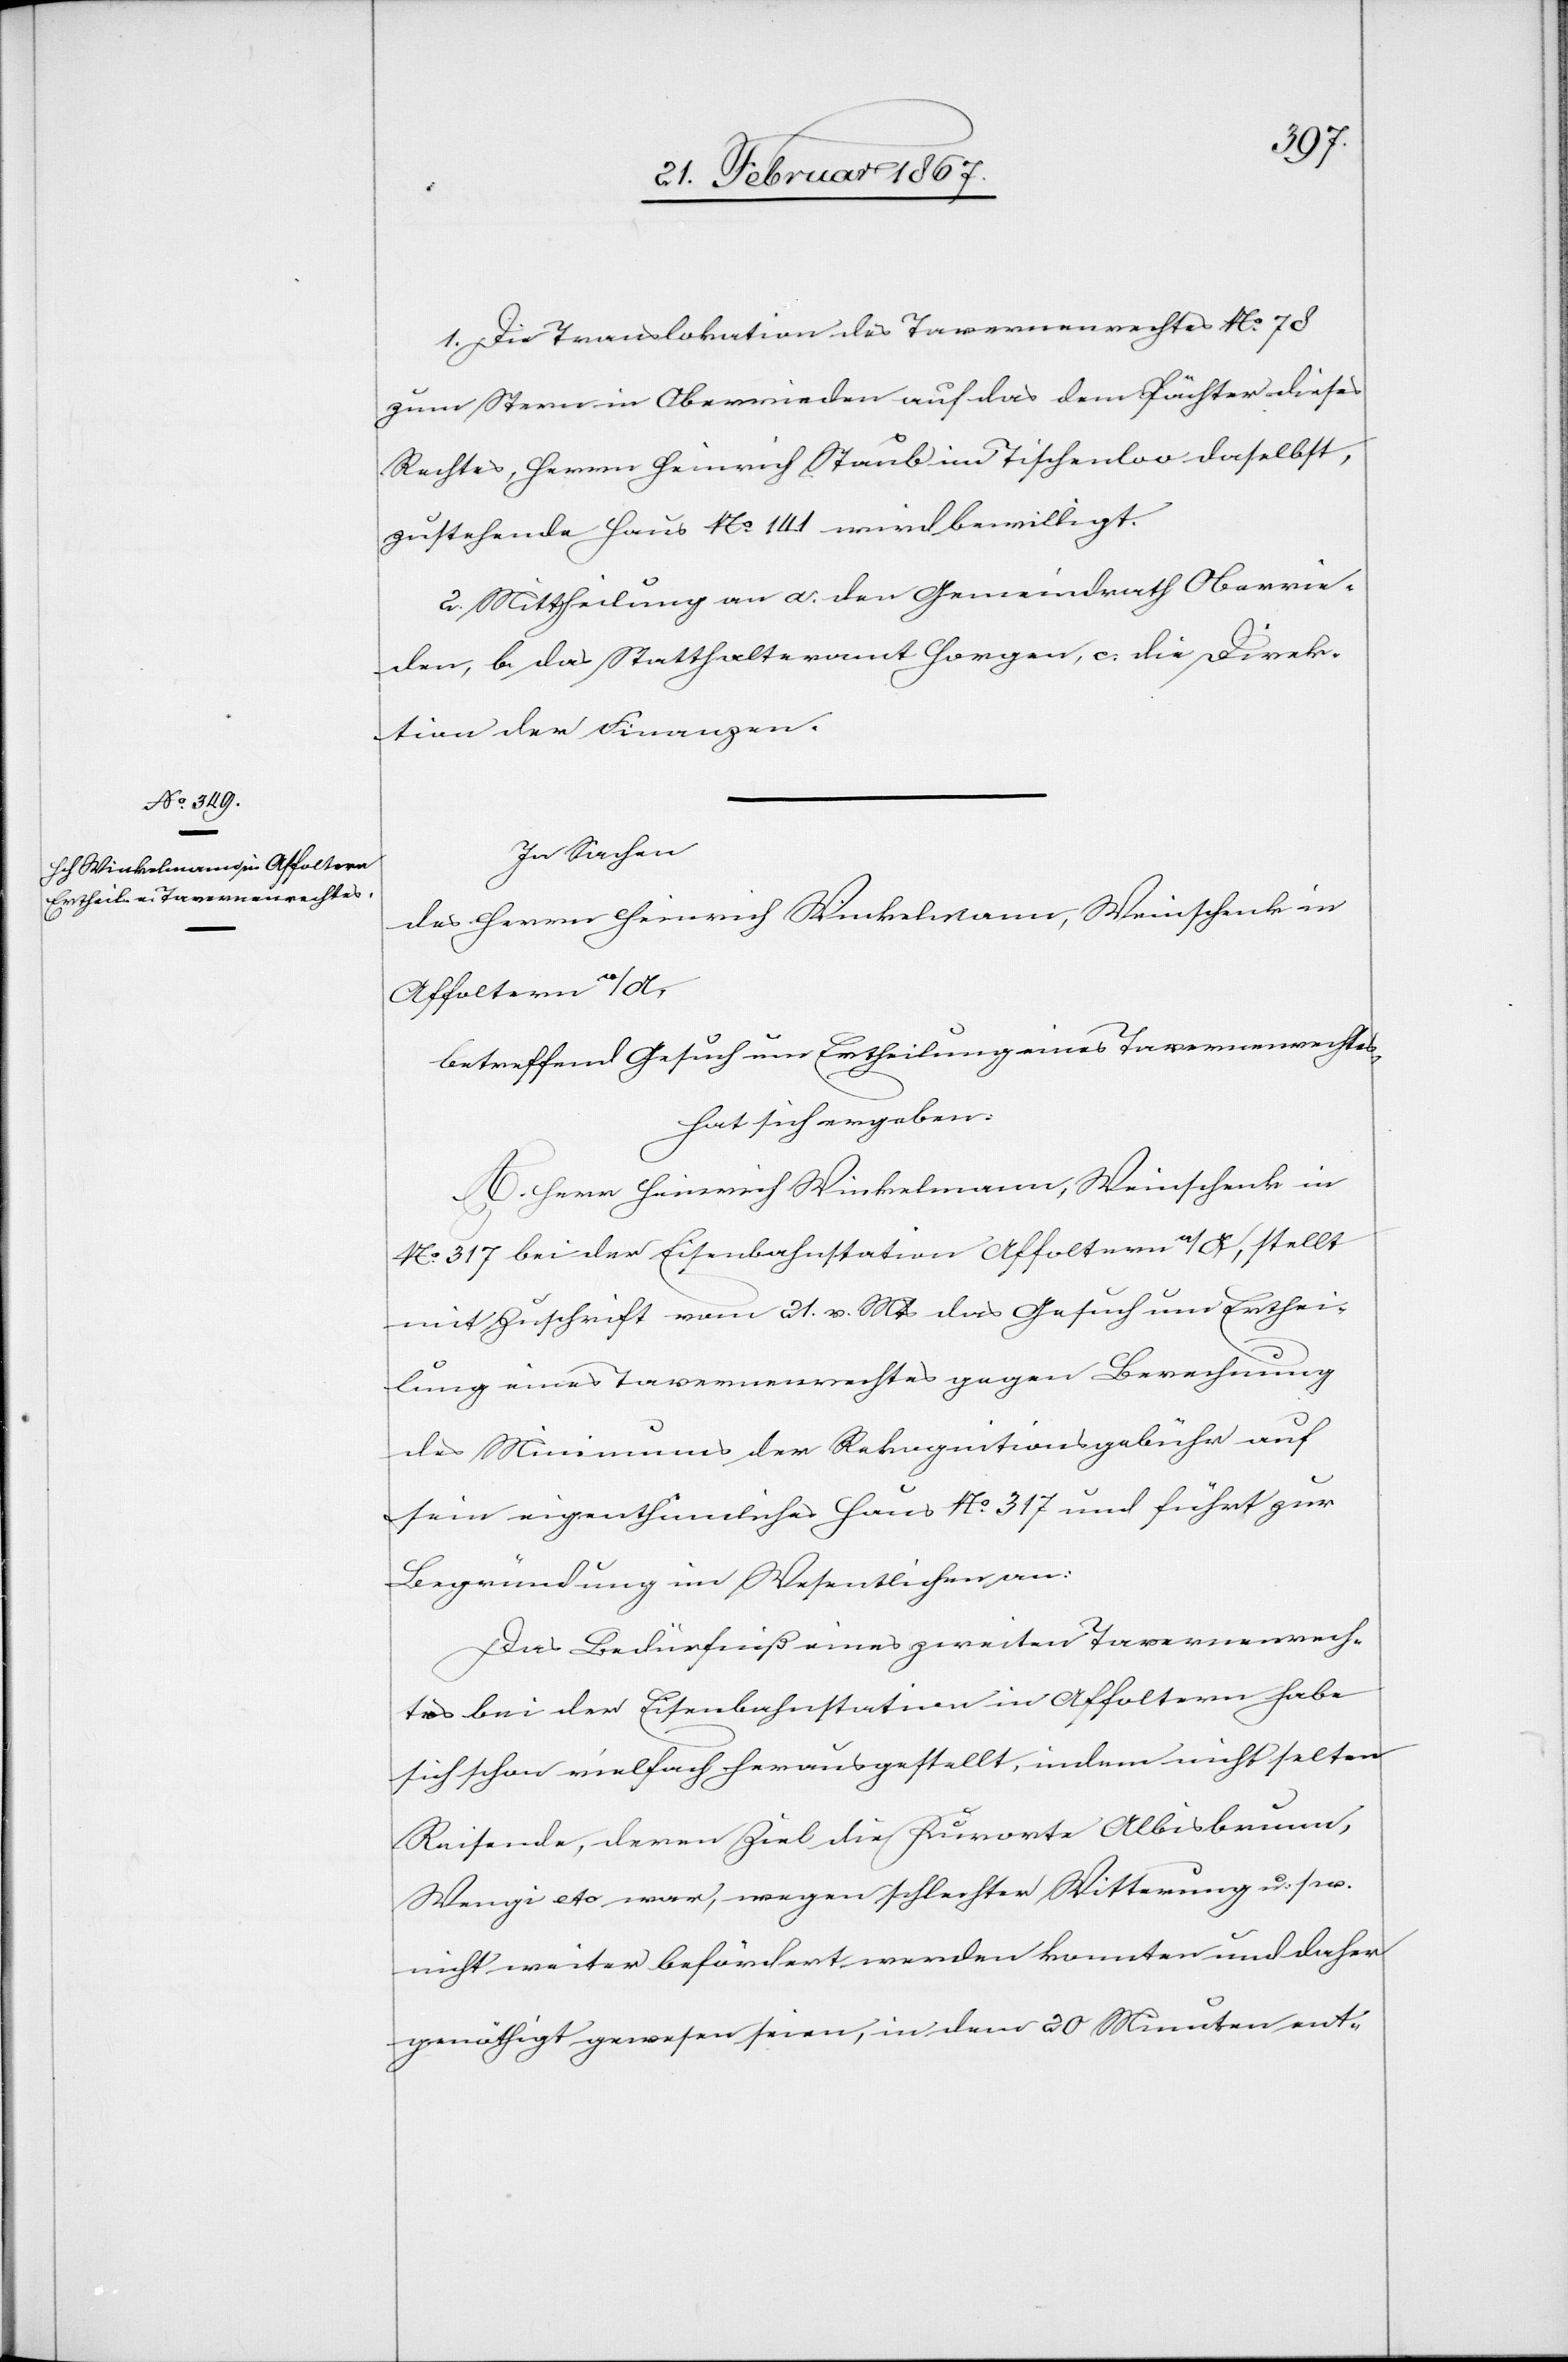
1. Die Translokation des Tavernenrechtes No. 78
zum Stern in Oberrieden auf das dem Pächter dieses
Rechtes, Herrn Heinrich Staub im Tischenloo daselbst,
zustehende Haus No. 141 wird bewilligt.
2. Mittheilung an a. den Gemeindrath Oberrie¬
den, b. das Statthalteramt Horgen, c. die Direk¬
tion der Finanzen.
In Sachen
des Herrn Heinrich Winkelmann, Weinschenk in
Affoltern a/A,
betreffend Gesuch um Ertheilung eines Tavernenrechtes,
hat sich ergeben:
A. Herr Heinrich Winkelmann, Weinschenk in
No. 317 bei der Eisenbahnstation Affoltern a/A, stellt
mit Zuschrift vom 21. v. Mts das Gesuch um Erthei¬
lung eines Tavernenrechtes gegen Berechnung
des Minimums der Rekognitionsgebühr auf
sein eigenthümliches Haus No. 317 und führt zur
Begründung im Wesentlichen an:
Das Bedürfniß eines zweiten Tavernenrech¬
tes bei der Eisenbahnstation in Affoltern habe
sich schon vielfach herausgestellt, indem nicht selten
Reisende, deren Ziel die Kurorte Albisbrunn,
Wengi etc war, wegen schlechter Witterung u. s. w.
nicht weiter befördert werden konnten und daher
genöthigt gewesen seien, in dem 20 Minuten ent-